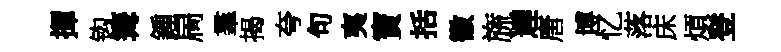
揮钩篝鍾扄羣揭夸句夷寳括徽旒遅唐博忆落床煩登